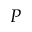
P